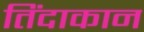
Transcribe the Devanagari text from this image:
तिंदाकान